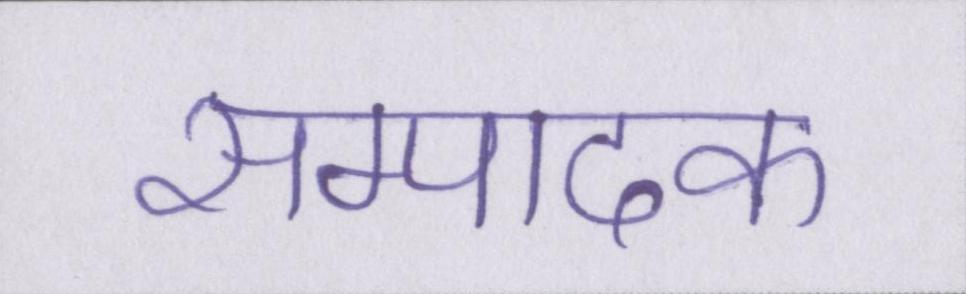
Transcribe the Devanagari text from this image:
सम्पादक